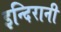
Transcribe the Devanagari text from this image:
इन्दिरानी